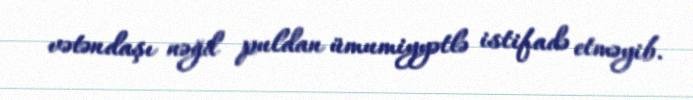
vətəndaşı nəğd puldan ümumiyyətlə istifadə etməyib.